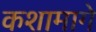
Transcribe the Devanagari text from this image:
कशामागे